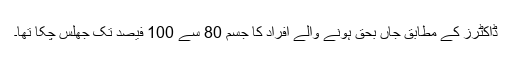
ڈاکٹرز کے مطابق جاں بحق ہونے والے افراد کا جسم 80 سے 100 فیصد تک جھلس چکا تھا۔